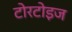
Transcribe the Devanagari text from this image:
टोरटोइज